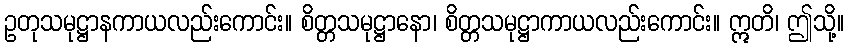
ဥတုသမုဋ္ဌာနကာယလည်းကောင်း။ စိတ္တသမုဋ္ဌာနော၊ စိတ္တသမုဋ္ဌာကာယလည်းကောင်း။ ဣတိ၊ ဤသို့။